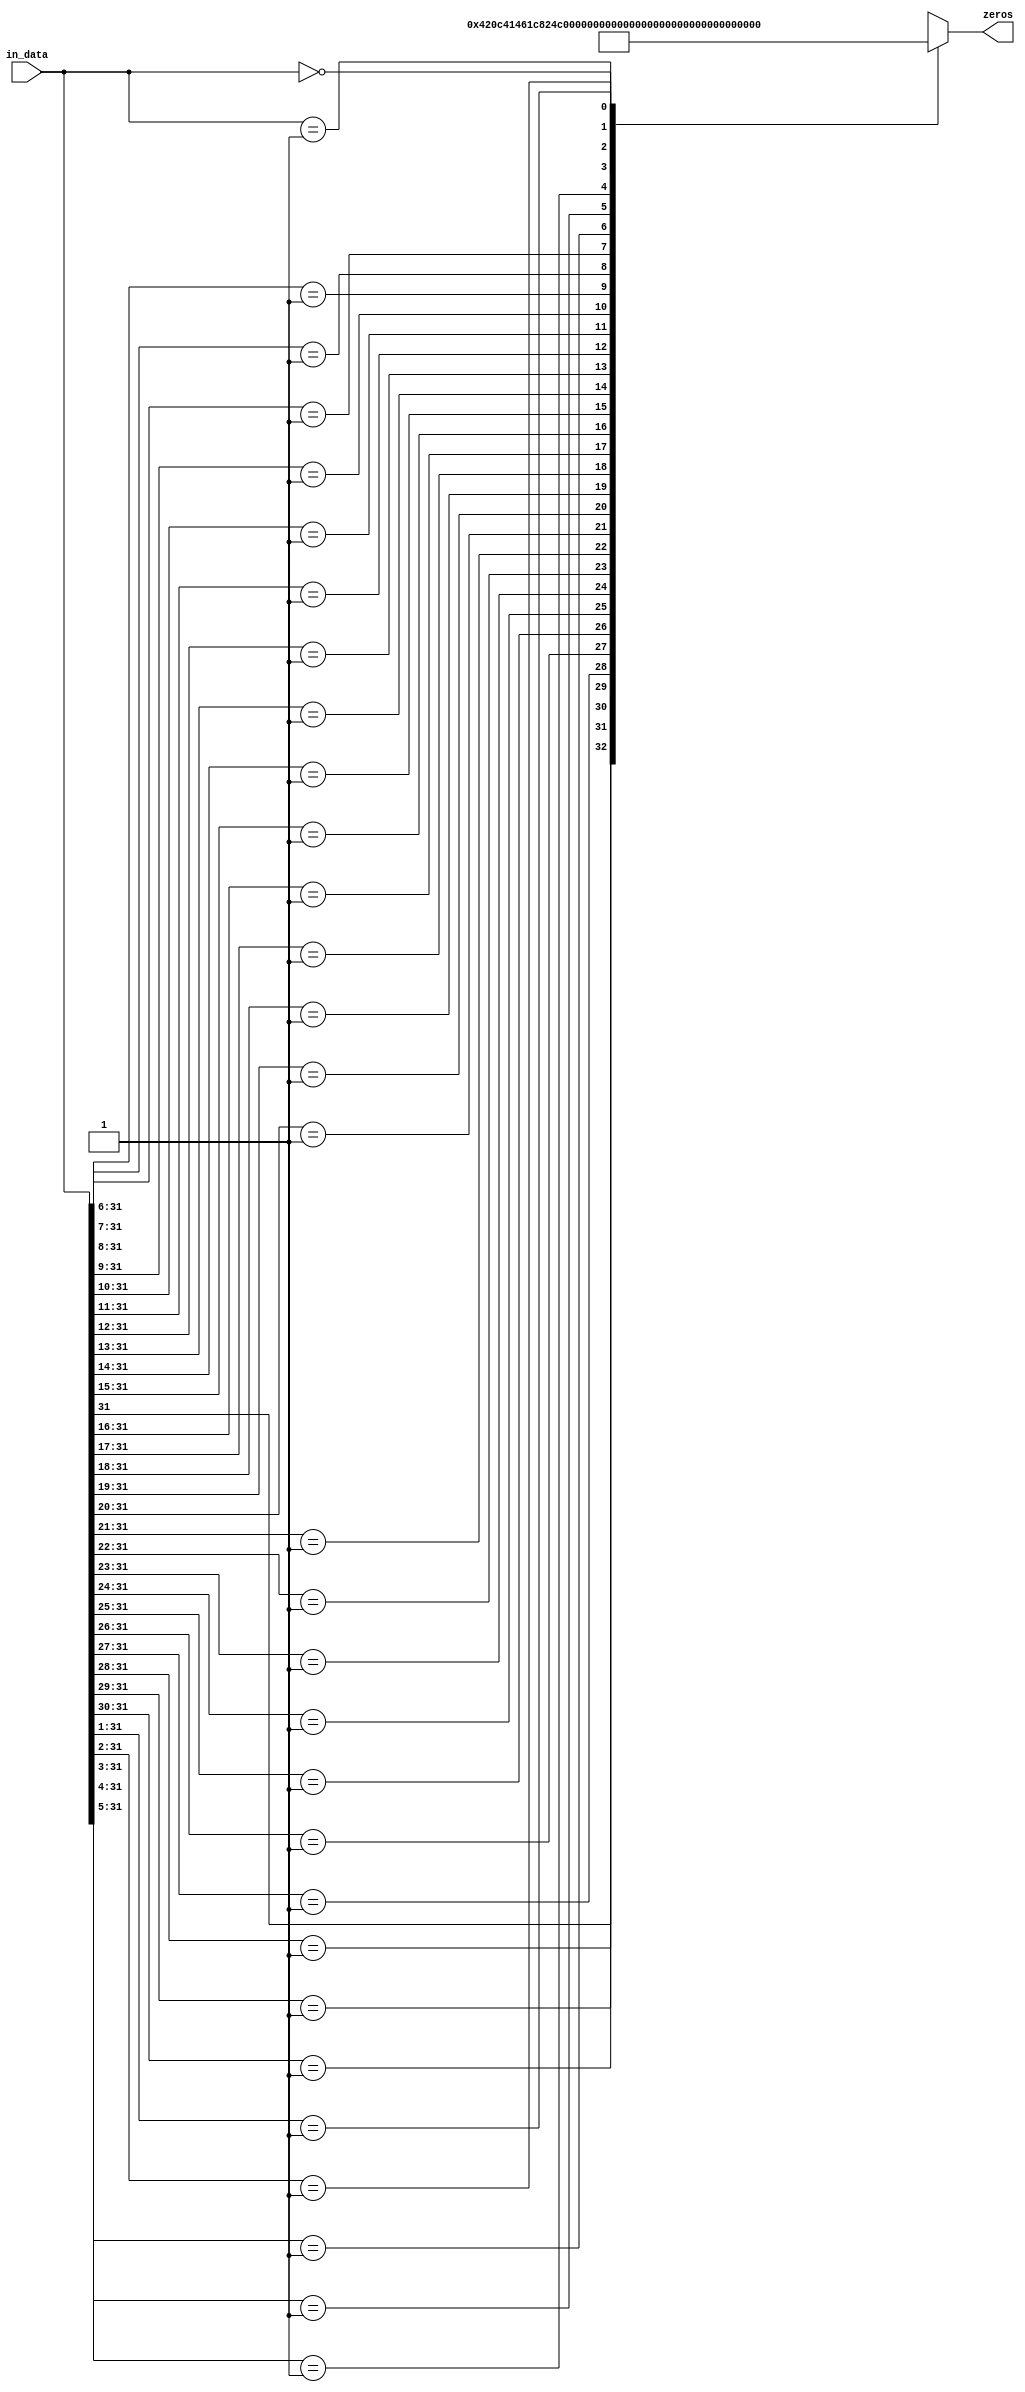
`timescale 1ns / 1ps

module clz(
    input [31:0] in_data,
    output reg [5:0] zeros
    );
    always@(*)
    begin
    casex(in_data)
        32'b1???_????_????_????_????_????_????_????:zeros<=6'd0;
        32'b01??_????_????_????_????_????_????_????:zeros<=6'd1;
        32'b001?_????_????_????_????_????_????_????:zeros<=6'd2;
        32'b0001_????_????_????_????_????_????_????:zeros<=6'd3;
        32'b0000_1???_????_????_????_????_????_????:zeros<=6'd4;
        32'b0000_01??_????_????_????_????_????_????:zeros<=6'd5;
        32'b0000_001?_????_????_????_????_????_????:zeros<=6'd6;
        32'b0000_0001_????_????_????_????_????_????:zeros<=6'd7;
        32'b0000_0000_1???_????_????_????_????_????:zeros<=6'd8;
        32'b0000_0000_01??_????_????_????_????_????:zeros<=6'd9;
        32'b0000_0000_001?_????_????_????_????_????:zeros<=6'd10;
        32'b0000_0000_0001_????_????_????_????_????:zeros<=6'd11;
        32'b0000_0000_0000_1???_????_????_????_????:zeros<=6'd12;
        32'b0000_0000_0000_01??_????_????_????_????:zeros<=6'd13;
        32'b0000_0000_0000_001?_????_????_????_????:zeros<=6'd14;
        32'b0000_0000_0000_0001_????_????_????_????:zeros<=6'd15;
        32'b0000_0000_0000_0000_1???_????_????_????:zeros<=6'd16;
        32'b0000_0000_0000_0000_01??_????_????_????:zeros<=6'd17;
        32'b0000_0000_0000_0000_001?_????_????_????:zeros<=6'd18;
        32'b0000_0000_0000_0000_0001_????_????_????:zeros<=6'd19;
        32'b0000_0000_0000_0000_0000_1???_????_????:zeros<=6'd20;
        32'b0000_0000_0000_0000_0000_01??_????_????:zeros<=6'd21;
        32'b0000_0000_0000_0000_0000_001?_????_????:zeros<=6'd22;
        32'b0000_0000_0000_0000_0000_0001_????_????:zeros<=6'd23;
        32'b0000_0000_0000_0000_0000_0000_1???_????:zeros<=6'd24;
        32'b0000_0000_0000_0000_0000_0000_01??_????:zeros<=6'd25;
        32'b0000_0000_0000_0000_0000_0000_001?_????:zeros<=6'd26;
        32'b0000_0000_0000_0000_0000_0000_0001_????:zeros<=6'd27;
        32'b0000_0000_0000_0000_0000_0000_0000_1???:zeros<=6'd28;
        32'b0000_0000_0000_0000_0000_0000_0000_01??:zeros<=6'd29;
        32'b0000_0000_0000_0000_0000_0000_0000_001?:zeros<=6'd30;
        32'b0000_0000_0000_0000_0000_0000_0000_0001:zeros<=6'd31;
        32'b0000_0000_0000_0000_0000_0000_0000_0000:zeros<=6'd32;
     
        endcase
    end
endmodule